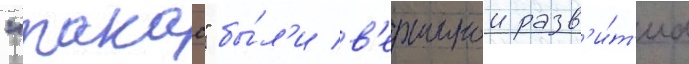
"такао" бы́л'и в'ершинои разв'и́т'иа